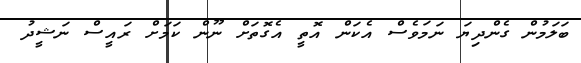
ބަލަމުން ގެންދިޔަ ނަމަވެސް އެކަން އޮތީ އެގޮތަށް ނޫން ކަމަށް ރައީސް ނަޝީދު